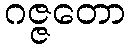
ဂဇ္ဇတော